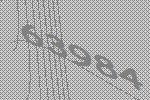
63984